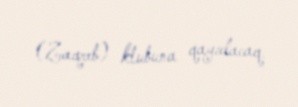
(Zaqreb) klubuna qayıdacaq.